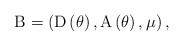
\begin{align*}{\rm B} =\left( {\rm D}\left( \theta \right), {\rm A}\left(\theta \right), \mu \right),\end{align*}